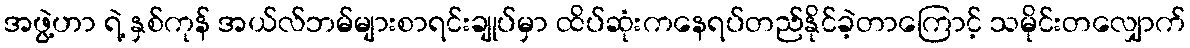
အဖွဲ့ဟာ ရဲ့ နှစ်ကုန် အယ်လ်ဘမ်များစာရင်းချုပ်မှာ ထိပ်ဆုံးကနေရပ်တည်နိုင်ခဲ့တာကြောင့် သမိုင်းတလျှောက်